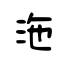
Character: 沲